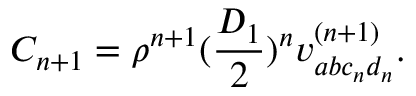
C _ { n + 1 } = \rho ^ { n + 1 } ( \frac { D _ { 1 } } { 2 } ) ^ { n } v _ { a b c _ { n } d _ { n } } ^ { ( n + 1 ) } .